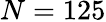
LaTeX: N=125